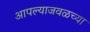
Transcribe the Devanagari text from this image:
आपल्याजवळच्या